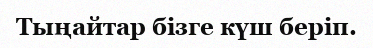
Тыңайтар бізге күш беріп.